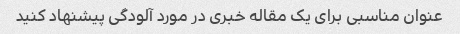
عنوان مناسبی برای یک مقاله خبری در مورد آلودگی پیشنهاد کنید